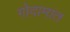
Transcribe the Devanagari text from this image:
गोदामांत